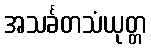
အသင်္ခတသံယုတ္တ